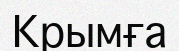
Крымға